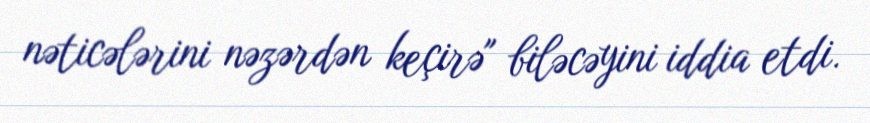
nəticələrini nəzərdən keçirə" biləcəyini iddia etdi.